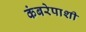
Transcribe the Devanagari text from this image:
कंबरेपाशी